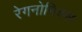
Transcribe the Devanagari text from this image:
रेगनोमिक्स